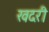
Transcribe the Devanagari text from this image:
खदरी